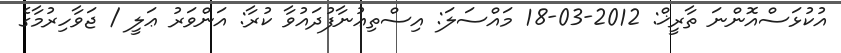
އުކުޅަސްއޮންނަ ތާރީޚް: 2012-03-18 މައްސަލަ: އިސްތިޢުނާފުދައުވާ ކުރާ: އަންވަރު ޢަލީ / ޖަވާހިރުމާގެ